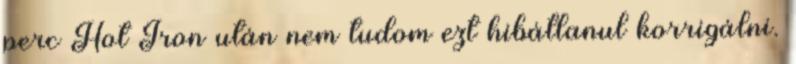
perc Hot Iron után nem tudom ezt hibátlanul korrigálni.